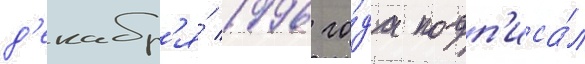
д'екабр'я́ 1996 го́да подп'иса́л